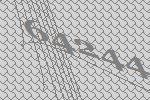
64244